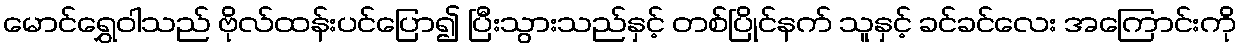
မောင်ရွှေဝါသည် ဗိုလ်ထန်းပင်ပြော၍ ပြီးသွားသည်နှင့် တစ်ပြိုင်နက် သူနှင့် ခင်ခင်လေး အကြောင်းကို